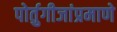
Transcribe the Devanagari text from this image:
पोर्तुगीजांप्रमाणे